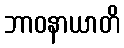
ဘာဝနာယာတိ